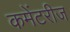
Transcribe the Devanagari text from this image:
कमेंटरीज